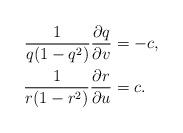
LaTeX: \begin{align*} \frac{1}{q(1-q^2)}\frac{\partial q}{\partial v}&=-c,\\ \frac{1}{r(1-r^2)}\frac{\partial r}{\partial u}&=c.\end{align*}